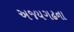
અજયગઢના